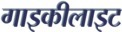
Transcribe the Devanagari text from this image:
गाइकीलाइट